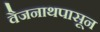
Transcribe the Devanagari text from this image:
वैजनाथपासून